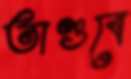
তাণ্ডবে